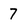
Character: 7